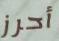
أحرز